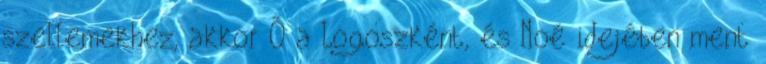
szellemekhez, akkor Ő a Logoszként, és Noé idejében ment